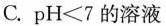
C.pH<7的溶液